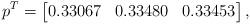
LaTeX: \begin{align*}p^T= \begin{bmatrix} 0.33067 & 0.33480 & 0.33453 \end{bmatrix}, \end{align*}